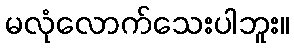
မလုံလောက်သေးပါဘူး။